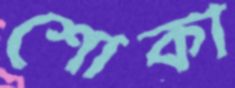
শোকা